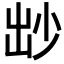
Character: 𡭱